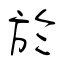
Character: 於